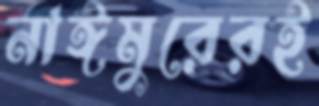
নাঈমুরেরই